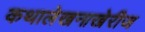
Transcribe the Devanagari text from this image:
कथालेखनाखेरीज